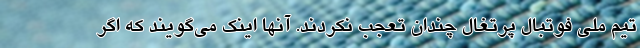
تیم ملی فوتبال پرتغال چندان تعجب نکردند. آنها اینک می‌گویند که اگر